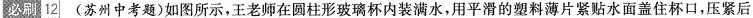
必刷12(苏州中考题)如图所示，王老师在圆柱形玻璃杯内装满水，用平滑的塑料薄片紧贴水面盖住杯口，压紧后